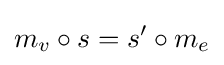
m_{v}\circ s=s'\circ m_{e}